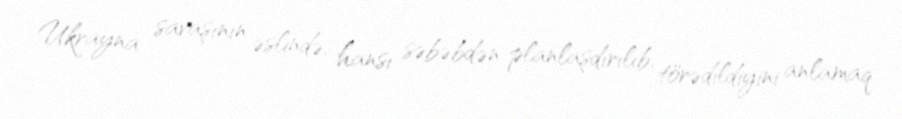
Ukrayna savaşının əslində, hansı səbəbdən planlaşdırılıb, törədildiyini anlamaq